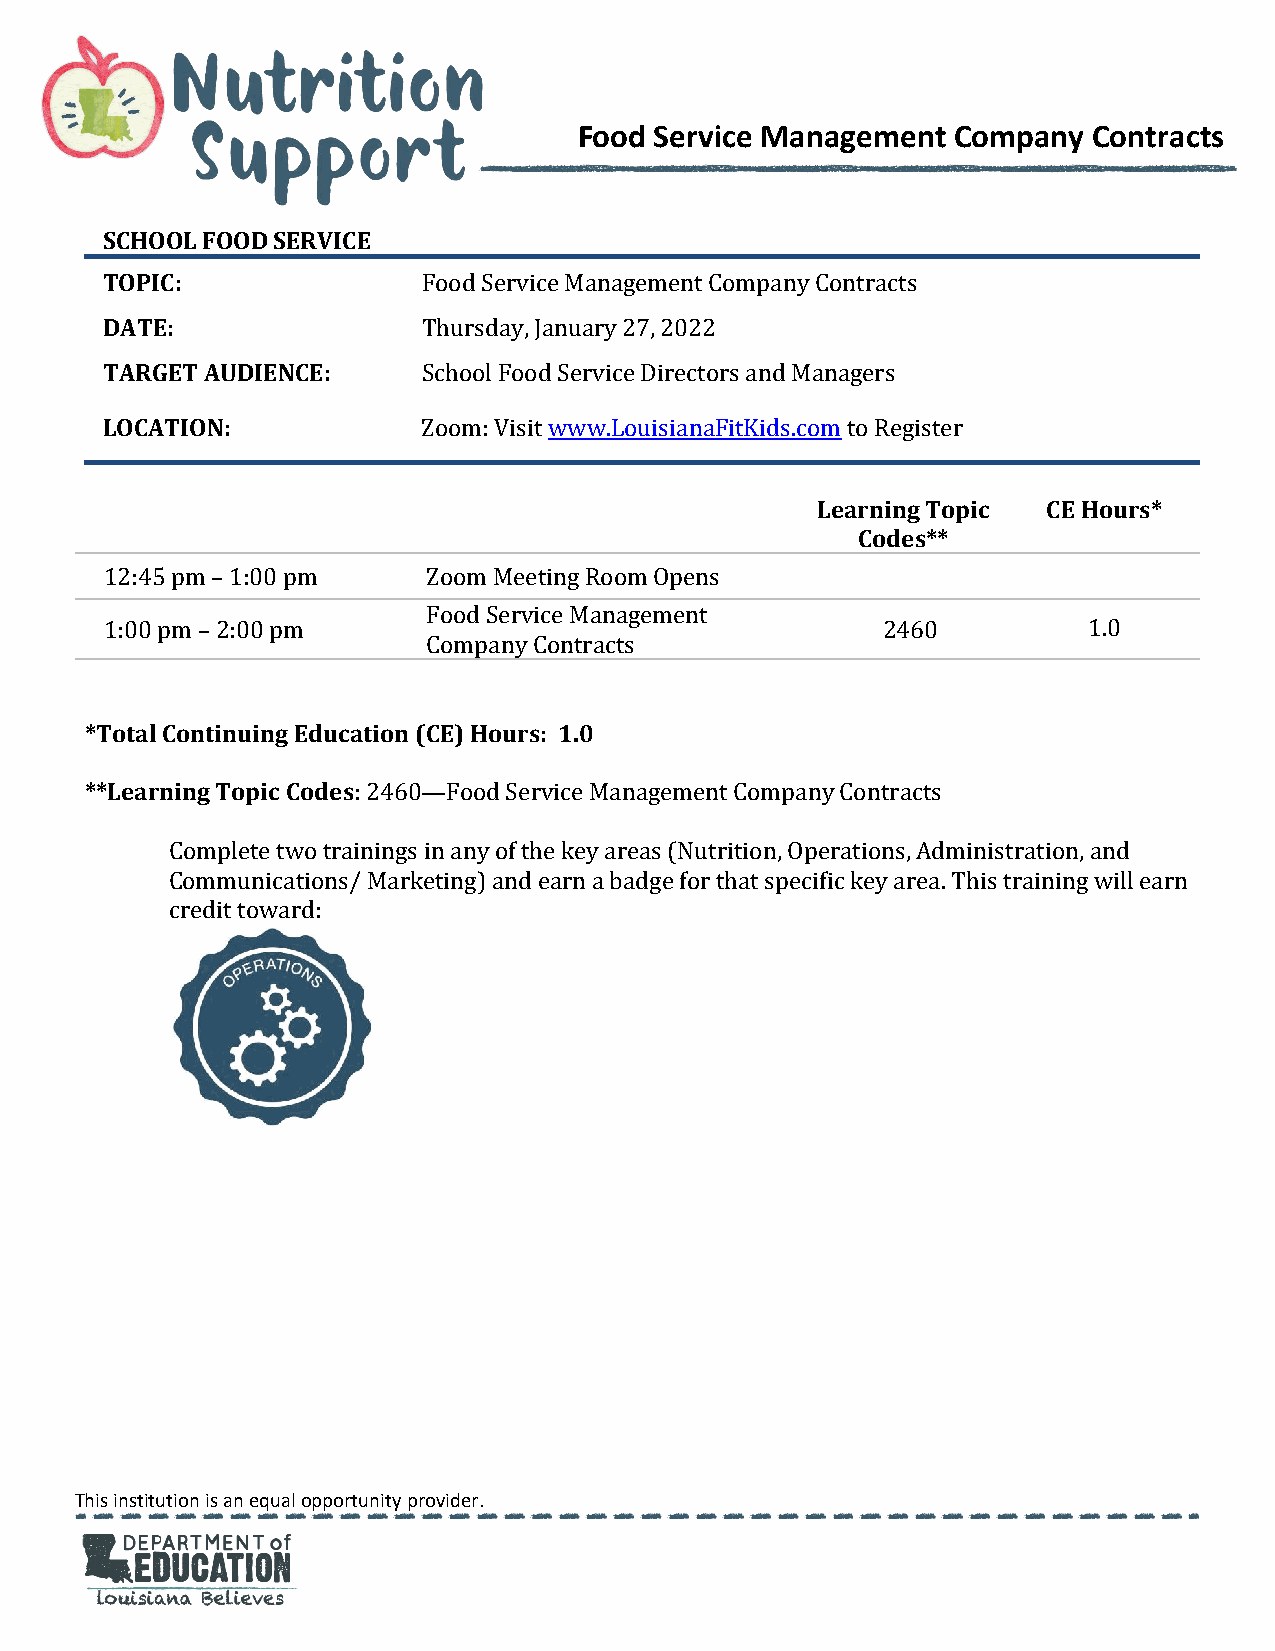
Food Service Management  Company  Contracts
 SCHOOL FOOD SERVICE
 TOPIC:
 DATE:
 Food Service Management Company Contracts
 TARGET AUDIENCE:
 Thursday, January 27, 2022
 LOCATION:            School Food Service Directors and Managers
 Zoom: Visit www.LouisianaFitKids.com to Register
 Learning Topic CE Hours*
 Codes**
 12:45 pm – 1:00 pm   Zoom Meeting Room Opens
 Food Service Management
 1:00 pm – 2:00 pm                                  2460          1.0
 Company Contracts
 *Total Continuing Education (CE) Hours: 1.0
 **Learning Topic Codes
 : 2460—Food Service Management Company Contracts
 Complete two trainings in any of the key areas (Nutrition, Operations, Administration, and
 Communications/ Marketing) and earn a badge for that specific key area. This training will earn
 credit toward:
 This institution is an equal opportunity provider.